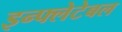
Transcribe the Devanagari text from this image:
इन्फ्लेटेबल